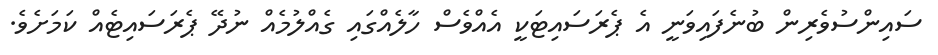
ސައިންސުވެރިން ބުނެފައިވަނީ އެ ޕެރަސައިޓަކީ އެއްވެސް ހާލެއްގައި ގެއްލުމެއް ނުދޭ ޕެރަސައިޓެއް ކަމަށެވެ.